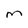
Character: m